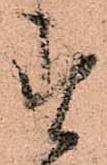
す